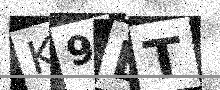
Text: K9BT